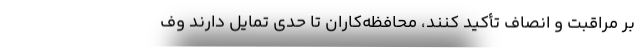
بر مراقبت و ‌انصاف تأکید کنند، محافظه‌کاران تا حدی تمایل دارند وف